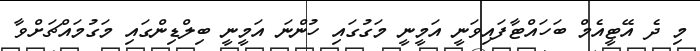
މި ދެ އޭޓީއެމް ބަހައްޓާފައިވަނީ އަމީނީ މަގުގައި ހުންނަ އަމީނީ ބިލްޑިންގައި މަގުމައްޗަށްވާ